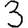
Digit: 3